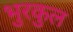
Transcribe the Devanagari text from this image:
भुरकुल